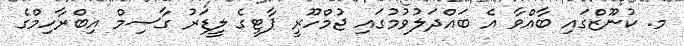
މ. ކުނޫޒްގައި ބާއްވާ އެ ބައްދަލުވުމުގައި ޖުމްހޫރީ ޕާޓީގެ ލީޑަރު ގާސިމް އިބްރާހިމްގެ